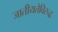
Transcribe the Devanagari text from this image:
जातीयतेविरुद्ध